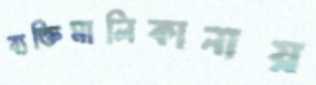
ব্যক্তিমালিকানায়